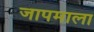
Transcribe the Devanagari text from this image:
जापमाला